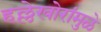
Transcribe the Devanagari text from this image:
हल्लेखोरांमुळे